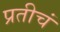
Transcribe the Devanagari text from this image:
प्रतीचं